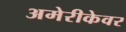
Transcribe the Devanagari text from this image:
अमेरीकेवर